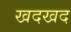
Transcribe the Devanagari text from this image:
खदखद